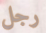
رجل